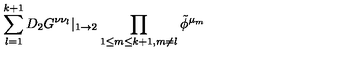
\sum _ { l = 1 } ^ { k + 1 } D _ { 2 } G ^ { \nu \nu _ { l } } | _ { 1 \rightarrow 2 } \prod _ { 1 \leq m \leq k + 1 , m \not { = } l } \tilde { \phi } ^ { \mu _ { m } }